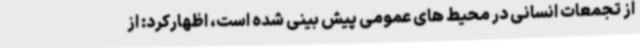
از تجمعات انسانی در محیط های عمومی پیش بینی شده است، اظهارکرد: از